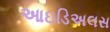
આઇડિઅલસ